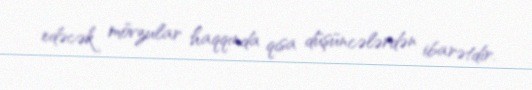
edəcək mövzular haqqında qısa düşüncələrdən ibarətdir.